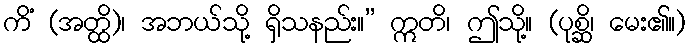
ကိံ (အတ္ထိ)၊ အဘယ်သို့ ရှိသနည်း။” ဣတိ၊ ဤသို့။ (ပုစ္ဆိ၊ မေး၏။)